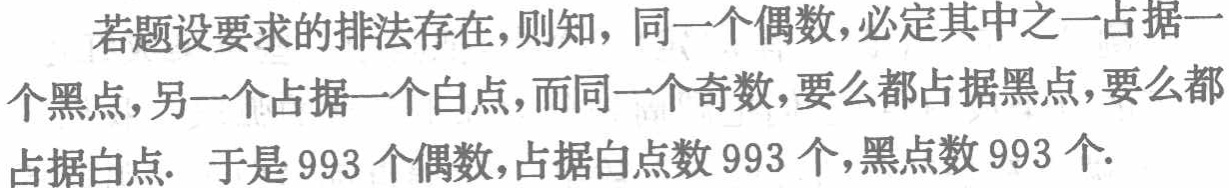
若题设要求的排法存在，则知，同一个偶数，必定其中之一占据一

个黑点，另一个占据一个白点，而同一个奇数，要么都占据黑点，要么都

占据白点. 于是 993 个偶数，占据白点数 993 个，黑点数 993 个.